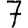
Digit: 7